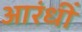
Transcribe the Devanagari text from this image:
आरंधीं